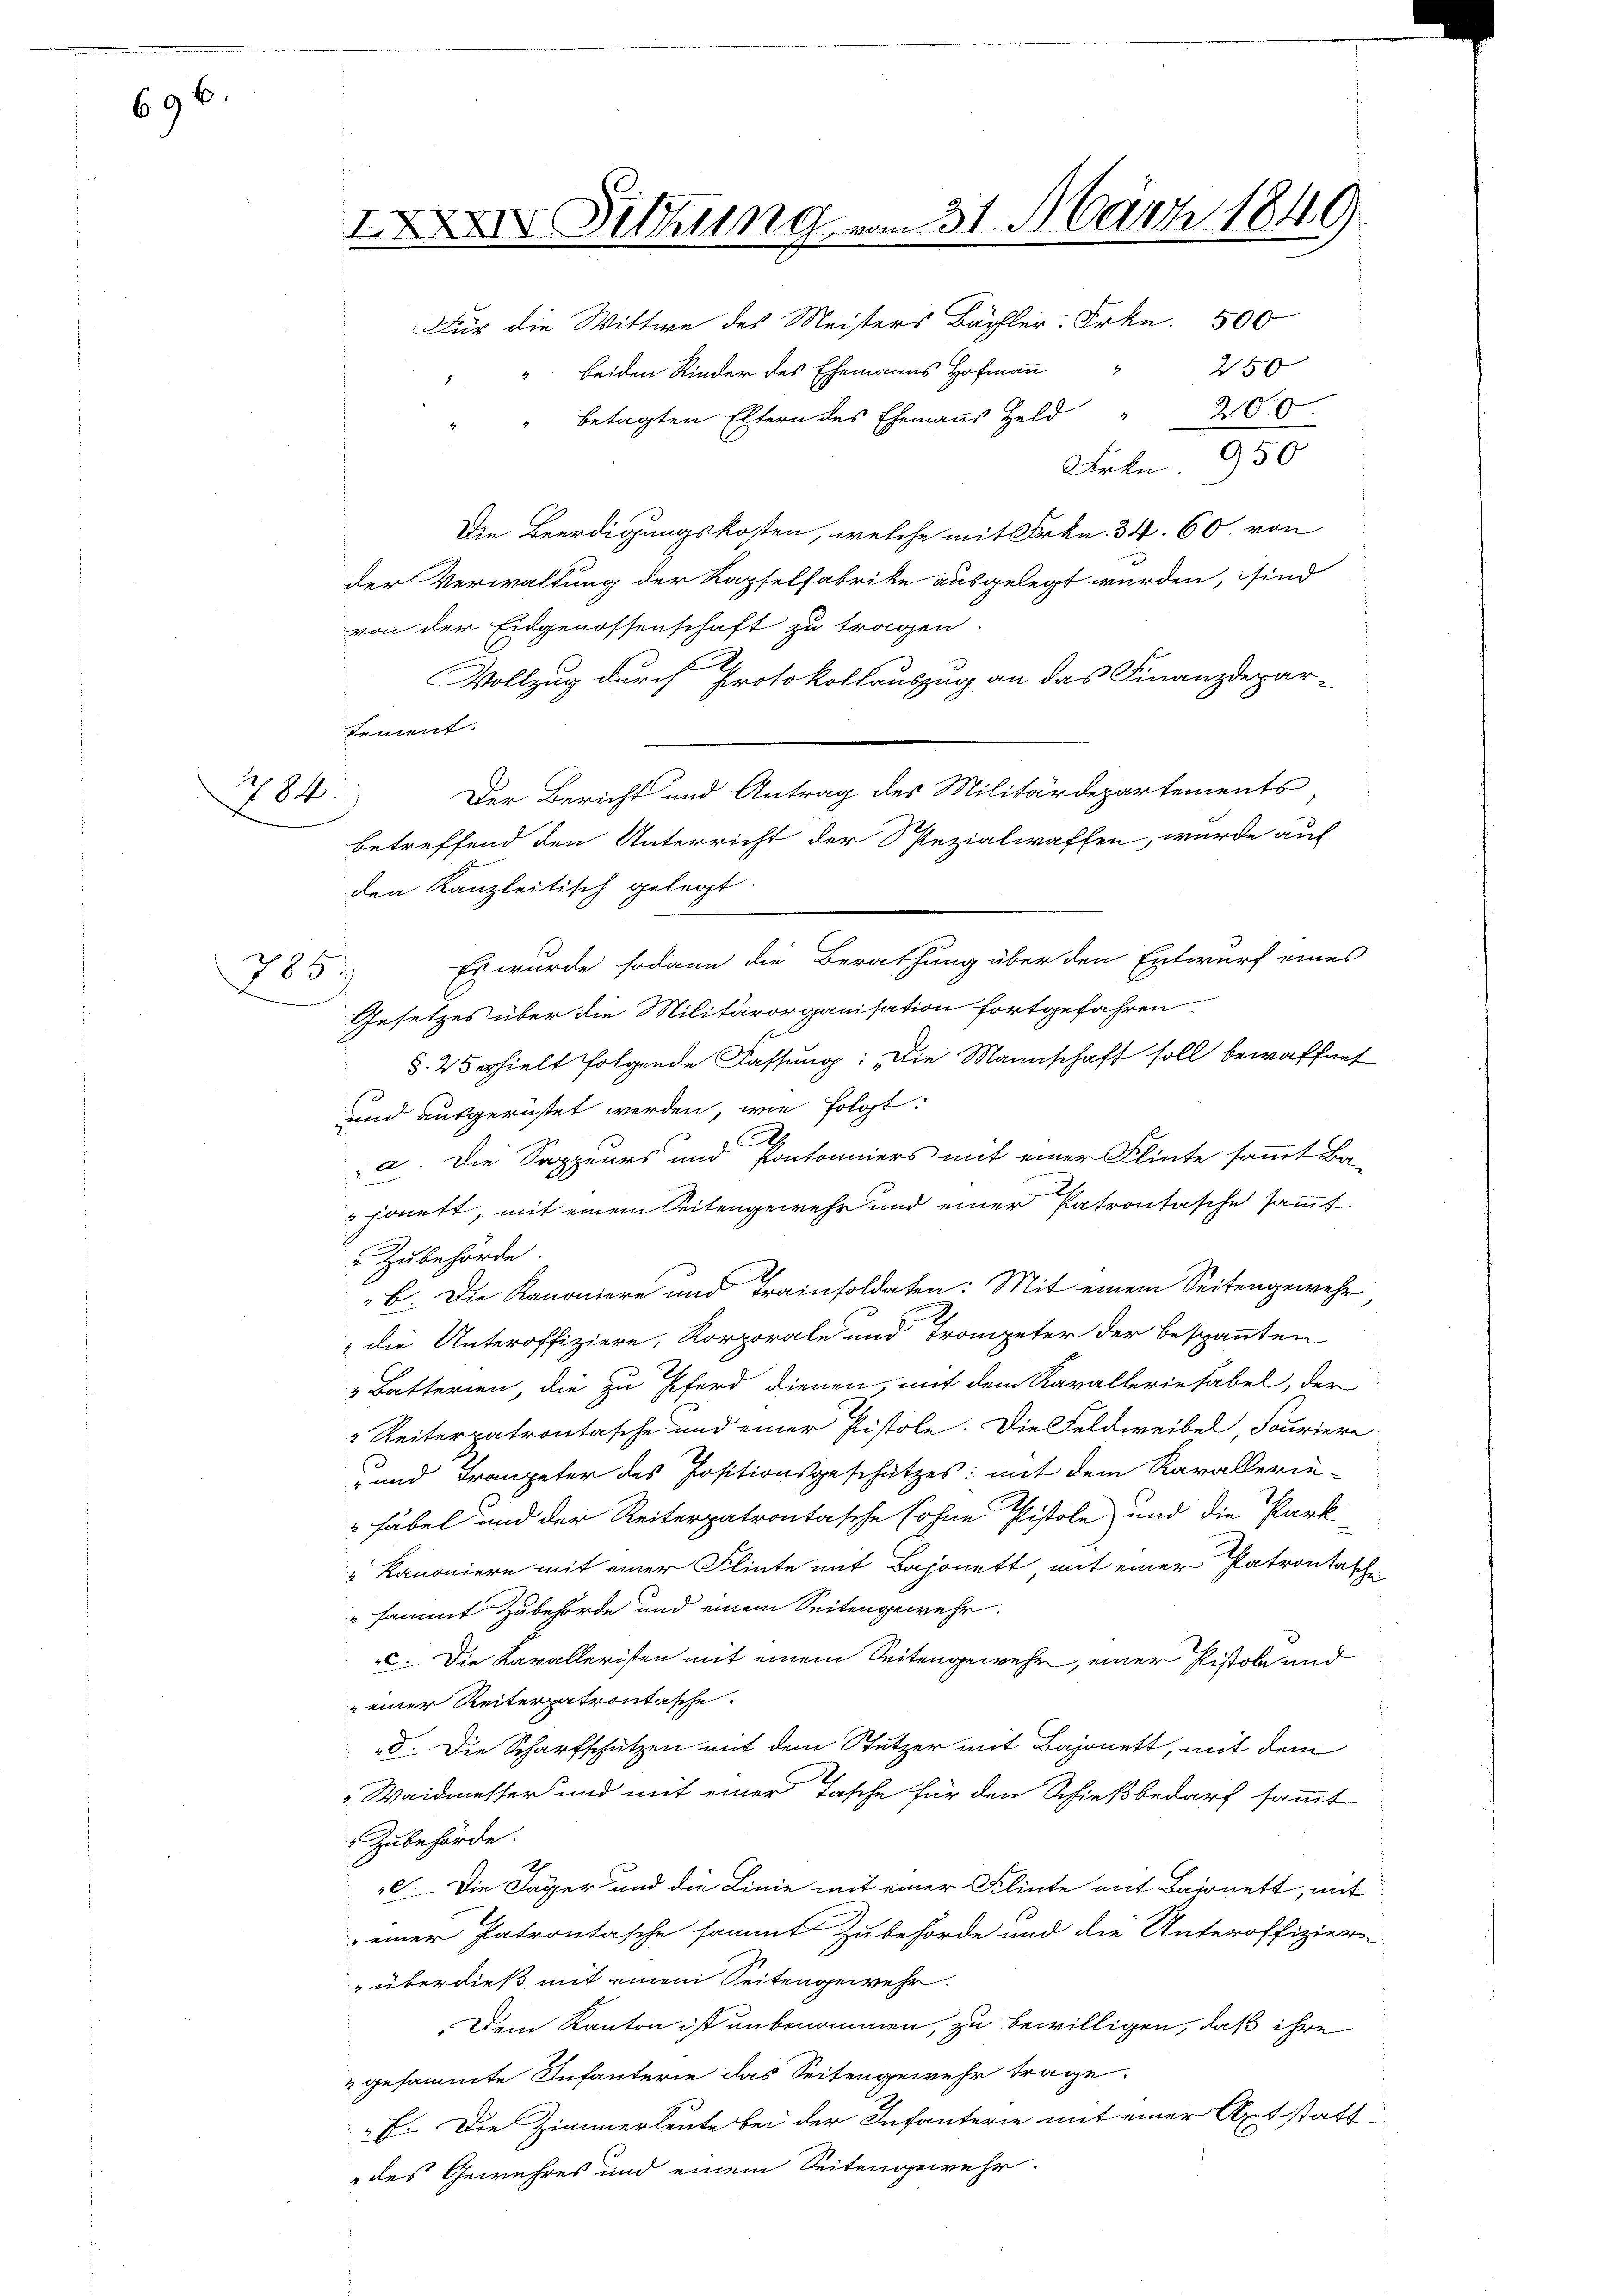
696

184

885.

IX. Sitzung vom 31. März 1840
x
Für die Wittwe des Meisters Bächler. Frkn. 500
250
2
“ beiden Kinder des Ehemanns Hofmann

betagten Eltern des Ehemanns Held
Frkn. 950
Die Beerdigungskosten, welche mit Frkn. 34. 60. von
der Verwaltung der Kapselfabrike ausgelegt werden, sind
von der Eidgenossenschaft zu tragen.
Vollzug durch Protokollauszug an das Finanzdepartement.
Der Bericht und Antrag des Militärdepartements
betreffend den Unterricht der Spezialwaffen, wurde auf
den Kanzleitisch gelegt:
Es wurde sodann die Berathung über den Entwurf eines
Gesetzes über die Militärorganisation fortgefahren.
§. 25 erhielt folgende Fassung: „Die Mannschaft soll bewaffnet
und ausgerüstet werden, wie folgt:
a. Die Sappeurs und Pontonniers mit einer Flinte sammt Ba-
jonett, mit einem Seitengewehr und einer Patrontasche sammt
 Zubehörde.
B. Die Kanoniere und Trainsoldaten: Mit einem Seitengewehr
die Unteroffiziere, Korporale und Trompeter der bespannten
 Batterien, die zu Pferd dienen, mit dem Kavallerietabel, der
" Reiterpatrontasche und einer Pistole. Die Feldweibel Fouriere
s
- und Tranpeter des Positionsgeschützes: mit dem Karallerinhäbel und der Reiterpatrontasche Sohne Pistole und die Park
"Kanoniere mit einer Flinte mit Bajonett mit einer Patrontasch
" sammt Zubehörde und einem Seitengewehr.
. Die Kavalleristen mit einem Seitengewehr, einer Pistole und
einer Reiterpatrontasche
d. Die Scharfschützen mit dem Stützer mit Bajonett, mit dem
Waidmesser und mit einer Tasche für den Schießbedarf sammt
Zubehörde.
c. Die Lager und die Linie mit einer Klinte mit Bajonett, mit
einer Patrontasche sammt Zubehörde und die Unteroffiziere.
" überdieß mit einem Seitengewehr.
Dem Kanton ist unbenommen, zu bewilligen, daß ihre
u gesammte Infanterie das Seitengewehr trage.
E. Die Zimmerleute bei der Infanterie mit einer Axt statt
des Gewehres und einem Seitengewehr.

200
4